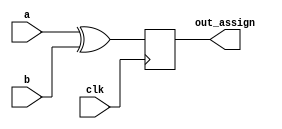
module top_module(
    input clk,
    input a,
    input b,
    output wire out_assign
);

    always @(posedge clk) begin
        out_assign = a ^ b;
    end

endmodule